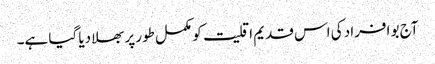
آج بو افراد کی اس قدیم اقلیت کو مکمل طور پر بھلا دیا گیا ہے۔